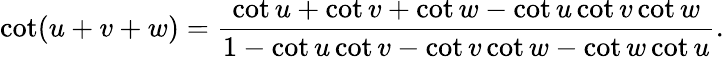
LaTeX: \cot(u+v+w)={\frac{\cot u+\cot v+\cot w-\cot u\cot v\cot w}{1-\cot u\cot v-\cot v\cot w-\cot w\cot u}}.